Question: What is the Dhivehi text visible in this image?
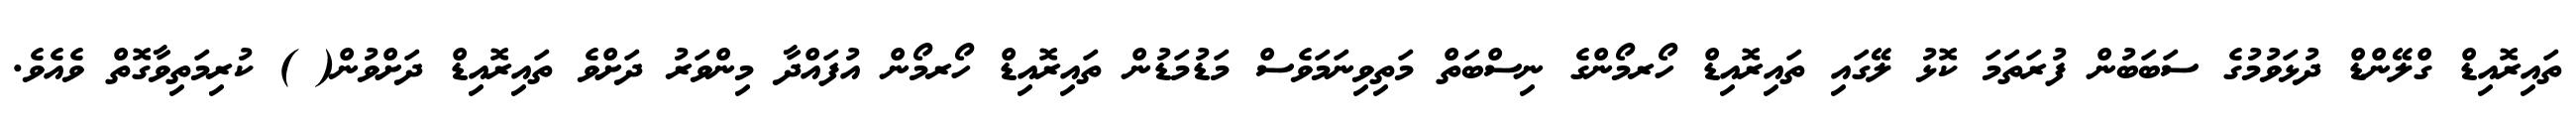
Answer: ތައިރޮއިޑް ގްލޭންޑް ދުޅަވުމުގެ ސަބަބުން ފުރަތަމަ ކޮޅު ލޭގައި ތައިރޮއިޑް ހޯރމޯންގެ ނިސްބަތް މަތިވިނަމަވެސް މަޑުމަޑުން ތައިރޮއިޑް ހޯރމޯން އުފައްދާ މިންވަރު ދަށްވެ ތައިރޮއިޑް ދަށްވުން( ) ކުރިމަތިވާގޮތް ވެއެވެ.